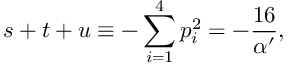
s + t + u \equiv - \sum _ { i = 1 } ^ { 4 } p _ { i } ^ { 2 } = - \frac { 1 6 } { \alpha ^ { \prime } } ,